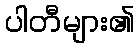
ပါတီများ၏